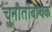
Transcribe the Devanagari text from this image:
चुनौतीबाचक